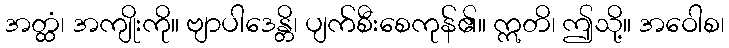
အတ္ထံ၊ အကျိုးကို။ ဗျာပါဒေန္တိ၊ ပျက်စီးစေကုန်၏။ ဣတိ၊ ဤသို့။ အဝေါစ၊